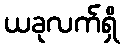
ယခုလက်ရှိ